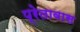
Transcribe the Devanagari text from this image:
प्रेतावास